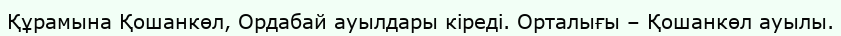
Құрамына Қошанкөл, Ордабай ауылдары кіреді. Орталығы – Қошанкөл ауылы.